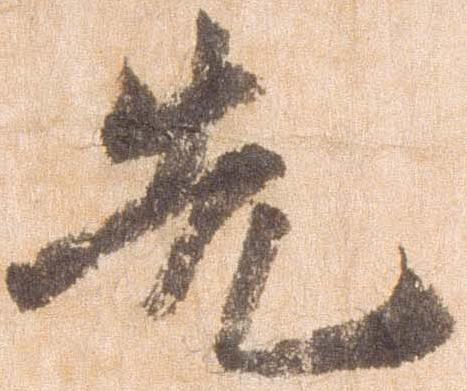
先